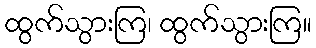
ထွက်သွားကြ၊ ထွက်သွားကြ။